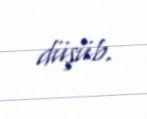
düşüb.